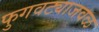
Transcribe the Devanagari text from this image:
फुगवट्याजवळ